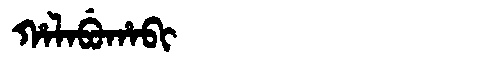
Manchu: ᡥᠠᠯᠠᠪᡠᡥᠠᠪᡳ
Romanization: HALABUHABI